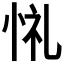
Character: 𢙔